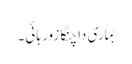
بِماری دا چنگا زور ہائی۔